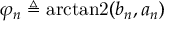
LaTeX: \varphi _ { n } \triangleq \operatorname { a r c t a n 2 } ( b _ { n } , a _ { n } )